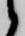
候